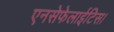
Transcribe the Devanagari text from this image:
एनसेफेलाईटिस।